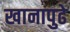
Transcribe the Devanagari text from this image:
खानापुढे